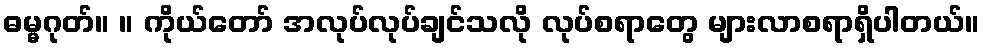
ဓမ္မဂုတ်။ ။ ကိုယ်တော် အလုပ်လုပ်ချင်သလို လုပ်စရာတွေ များလာစရာရှိပါတယ်။